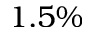
1 . 5 \%